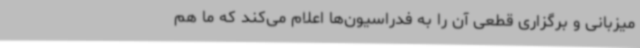
میزبانی و برگزاری قطعی آن را به فدراسیون‌ها اعلام می‌کند که ما هم